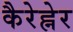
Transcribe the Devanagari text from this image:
कैरेह्नेर